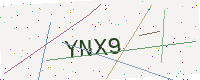
Text: YNX9